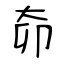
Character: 奅